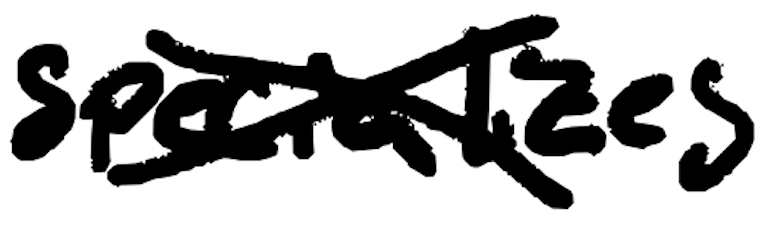
Text: specializes
Cross-out: mix
Writing tool: digital_black